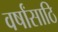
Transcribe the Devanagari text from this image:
वर्षांसाठि